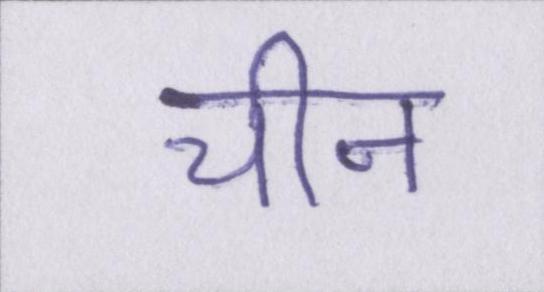
चीन